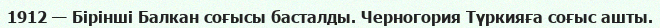
1912 — Бірінші Балкан соғысы басталды. Черногория Түркияға соғыс ашты.